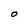
Character: O